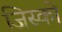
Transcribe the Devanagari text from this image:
जिस्को